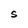
Character: S